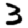
Digit: 3